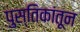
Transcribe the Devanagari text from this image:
पुस्तिकांतून